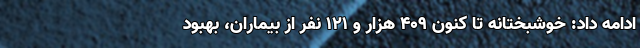
ادامه داد: خوشبختانه تا کنون ۴۰۹ هزار و ۱۲۱ نفر از بیماران، بهبود